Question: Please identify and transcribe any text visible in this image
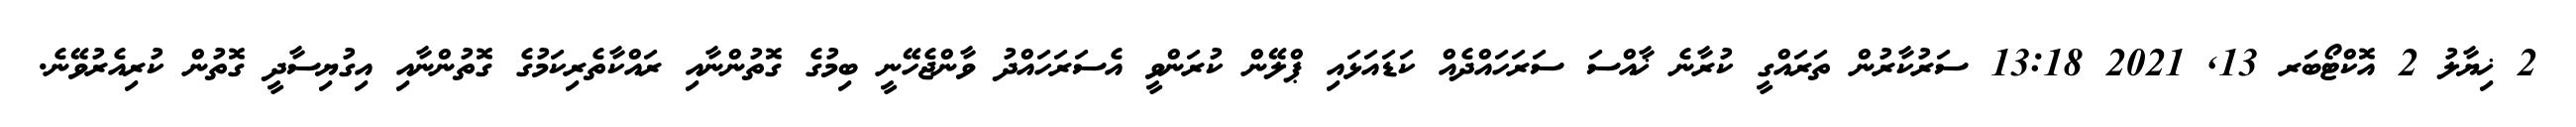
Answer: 2 ޚިޔާލު 2 އޮކްޓޯބަރ 13, 2021 13:18 ސަރުކާރުން ތަރައްގީ ކުރާނެ ޚާއްސަ ސަރަހައްދެއް ކަޑައަޅައި ޕްލޭން ކުރަންވީ އެސަރަހައްދު ވާންޖެހޭނީ ބިމުގެ ގޮތުންނާއި ރައްކާތެރިކަމުގެ ގޮތުންނާއި އިގުޔިސާދީ ގޮތުން ކުރިއެރުވޭނެ.